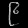
Digit: ၉